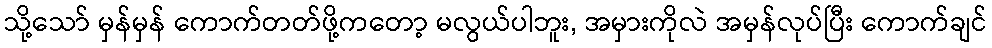
သို့သော် မှန်မှန် ကောက်တတ်ဖို့ကတော့ မလွယ်ပါဘူး, အမှားကိုလဲ အမှန်လုပ်ပြီး ကောက်ချင်